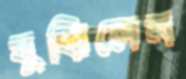
বুঝিলেন